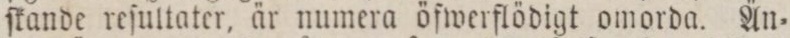
ſkande reſultater, är numera öfwerflödigt omorda. Än=